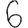
Digit: 6